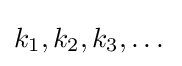
k_{1},k_{2},k_{3},\dotsc